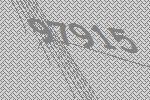
97915